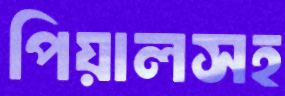
পিয়ালসহ